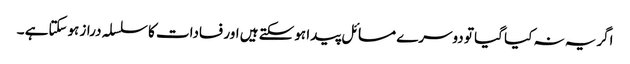
اگریہ نہ کیا گیا تو دوسرے مسائل پیدا ہوسکتے ہیں اور فسادات کا سلسلہ دراز ہوسکتاہے ۔